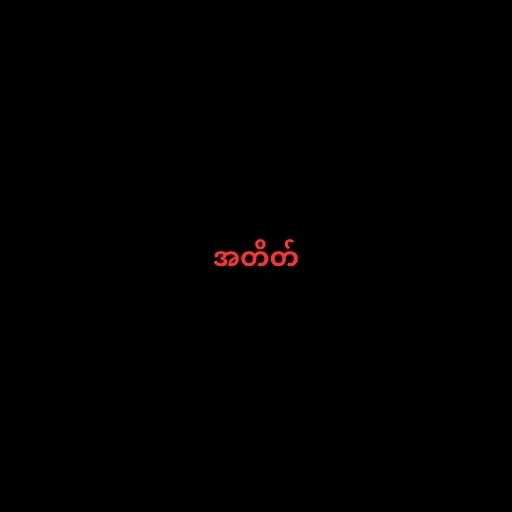
အတိတ်